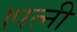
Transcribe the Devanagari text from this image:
।पत्नी